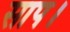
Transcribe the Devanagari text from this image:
साप।